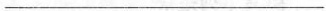
___